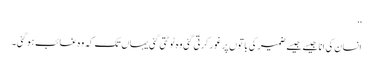
‘‘
انسان کی انا جیسے جیسے ضمیر کی باتوں پر غور کرتی گئی وہ ٹوٹتی گئی یہاں تک کہ وہ غائب ہوگئی۔